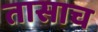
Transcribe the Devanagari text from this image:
तासाच